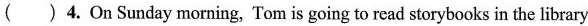
( )4.On Sunday morning, Tom is going to read storybooks in the library.